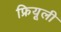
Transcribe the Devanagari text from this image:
फ्रियूली